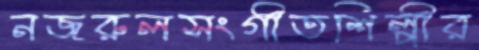
নজরুলসংগীতশিল্পীর